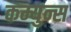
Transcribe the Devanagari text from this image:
कम्युन्स